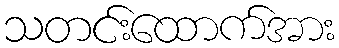
သတင်းထောက်အား